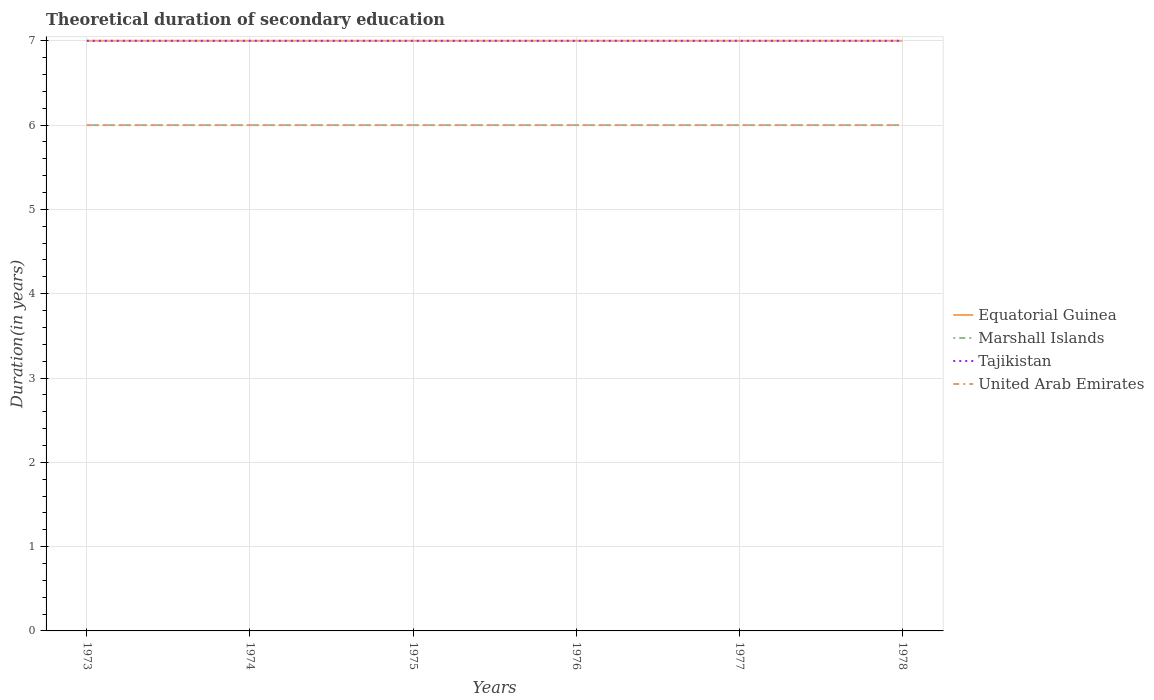
| Years | Equatorial Guinea | Marshall Islands | Tajikistan | United Arab Emirates |
 | --- | --- | --- | --- | --- |
 | 1973 | 7 | 6 | 7 | 6 |
 | 1974 | 7 | 6 | 7 | 6 |
 | 1975 | 7 | 6 | 7 | 6 |
 | 1976 | 7 | 6 | 7 | 6 |
 | 1977 | 7 | 6 | 7 | 6 |
 | 1978 | 7 | 6 | 7 | 6 |